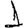
Digit: 1